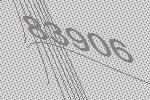
83906